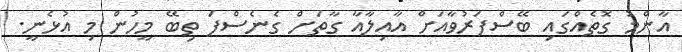
އާންމު ގޮތެއްގައި ބޭސްފަރުވާއަށް އާއިލާއާ ގާތަށް ގެނެސްފަ ތިބޭ މީހުން މި އުޅެނީ.